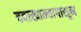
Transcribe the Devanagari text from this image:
दवाखान्यापासून